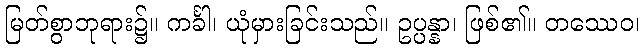
မြတ်စွာဘုရား၌။ ကင်္ခါ၊ ယုံမှားခြင်းသည်။ ဥပ္ပန္နာ၊ ဖြစ်၏။ တဿေဝ၊